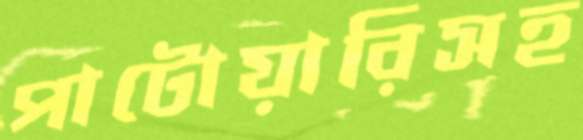
পাটোয়ারিসহ